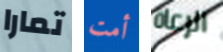
تمارا أمت الرعاة